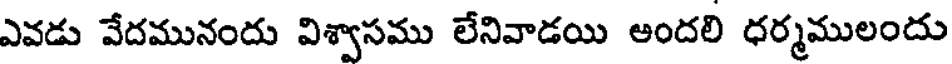
ఎవడు వేదమునందు విశ్వాసము లేనివాడయి అందలి ధర్మములందు